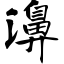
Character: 濞